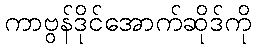
ကာဗွန်ဒိုင်အောက်ဆိုဒ်ကို